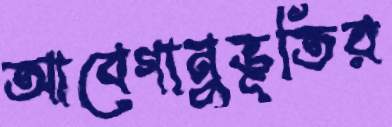
আবেগানুভূতির